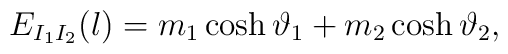
E_{I_{1}I_{2}}(l)=m_{1}\cosh \vartheta _{1}+m_{2}\cosh \vartheta _{2},